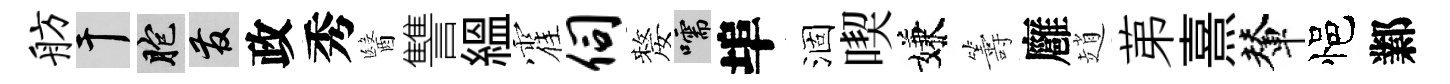
舫干胞發政秀醫讐緼霍伺嫠嚅埠涸喫嫌籌廱趙苐熹輦悒鄴